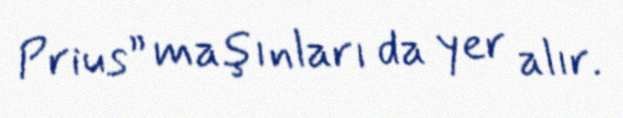
Prius” maşınları da yer alır.